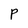
Character: P